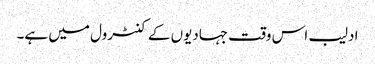
ادلیب اس وقت جہادیوں کے کنٹرول میں ہے۔